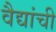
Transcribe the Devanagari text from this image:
वैद्यांची